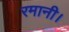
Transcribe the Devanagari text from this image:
रमानी।